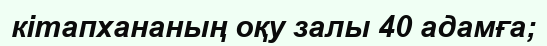
кітапхананың оқу залы 40 адамға;